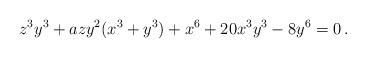
LaTeX: \begin{align*} z^3 y^3 + a z y^2(x^3 + y^3) + x^6 + 20x^3 y^3-8y^6 = 0 \, . \end{align*}